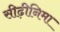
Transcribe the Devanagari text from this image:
सीढ़ीनिमा